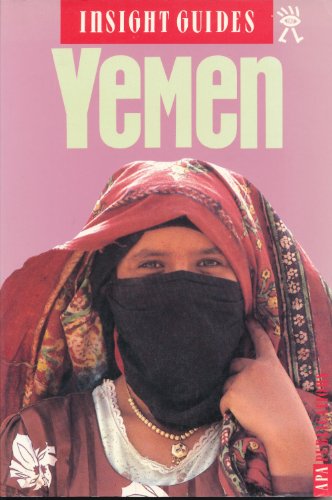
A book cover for Yemen Insight Guide (Insight Guides); unknown; Travel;